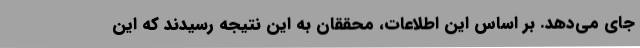
جای می‌دهد. بر اساس این اطلاعات، محققان به این نتیجه رسیدند که این